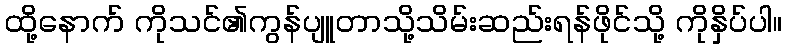
ထို့နောက် ကိုသင်၏ကွန်ပျူတာသို့သိမ်းဆည်းရန်ဖိုင်သို့ ကိုနှိပ်ပါ။